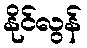
နိုင်လွန်